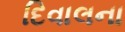
દિવાલના